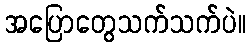
အပြောတွေသက်သက်ပဲ။